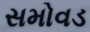
સમોવડ